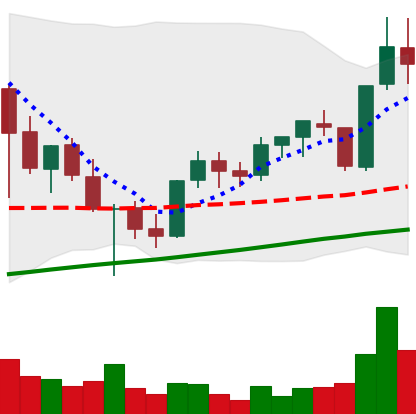
Ticker: XLM-USD
Chart end date: 2021-05-07
Forward return: -6.611%
Label: down_5_7